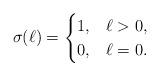
LaTeX: \begin{align*}\sigma(\ell)=\begin{cases}1, & \ell >0, \\0, & \ell = 0.\end{cases}\end{align*}